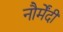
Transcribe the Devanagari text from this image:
नौर्मेंदी